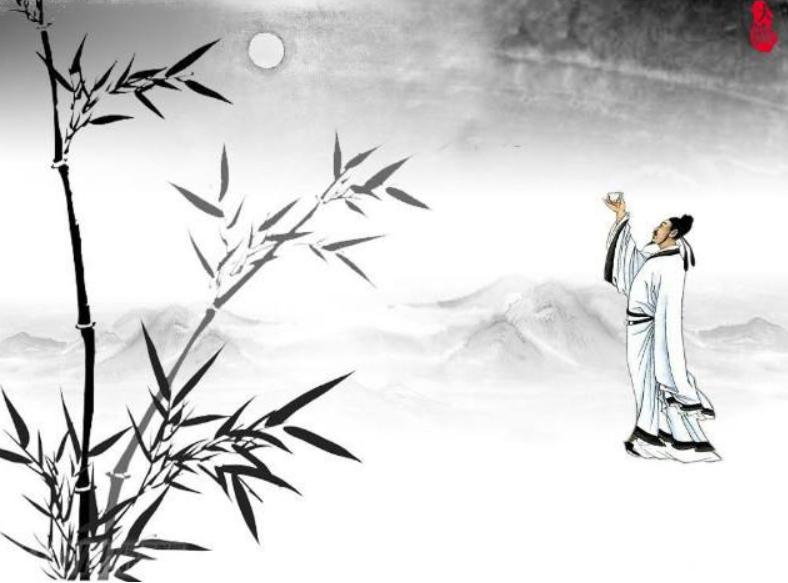
更愿诸公著意，休教忘了中原。